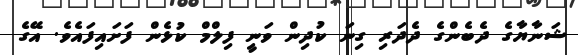
ޝަނާޔާގެ ދެބެންގެ ދެދަރި ގިނަ ކުދިން ވަނީ ފިލްމް ކުޅެން ފަށައިފައެވެ. އޭގެ